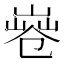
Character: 𠨤